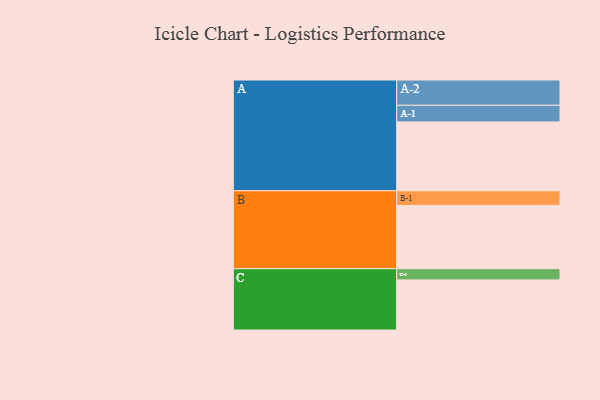
{"axis": {"x": "Segment", "y": "Value"}, "legend": ["", "A", "B", "C"], "data": [{"x": "A", "y": 521, "type": ""}, {"x": "B", "y": 478, "type": ""}, {"x": "C", "y": 379, "type": ""}, {"x": "A-1", "y": 126, "type": "A"}, {"x": "A-2", "y": 191, "type": "A"}, {"x": "B-1", "y": 111, "type": "B"}, {"x": "C-1", "y": 85, "type": "C"}]}